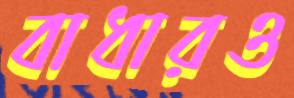
বাধারও